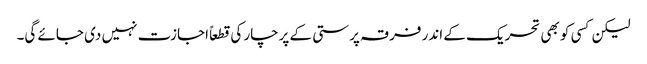
لیکن کسی کو بھی تحریک کے اندر فرقہ پرستی کے پرچار کی قطعاً اجازت نہیں دی جائے گی۔